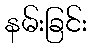
နမ်းခြင်း